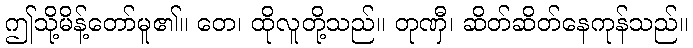
ဤသို့မိန့်တော်မူ၏။ တေ၊ ထိုလူတို့သည်။ တုဏှီ၊ ဆိတ်ဆိတ်နေကုန်သည်။